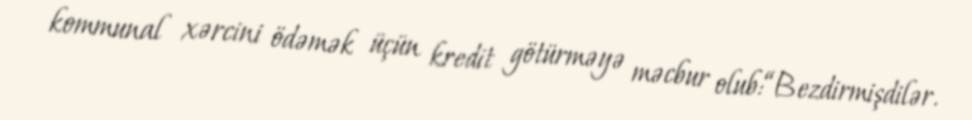
kommunal xərcini ödəmək üçün kredit götürməyə məcbur olub:“Bezdirmişdilər.